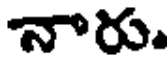
నారు.